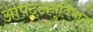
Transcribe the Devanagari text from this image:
आपद्अनुविभाग